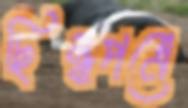
ছিন্নপত্রে